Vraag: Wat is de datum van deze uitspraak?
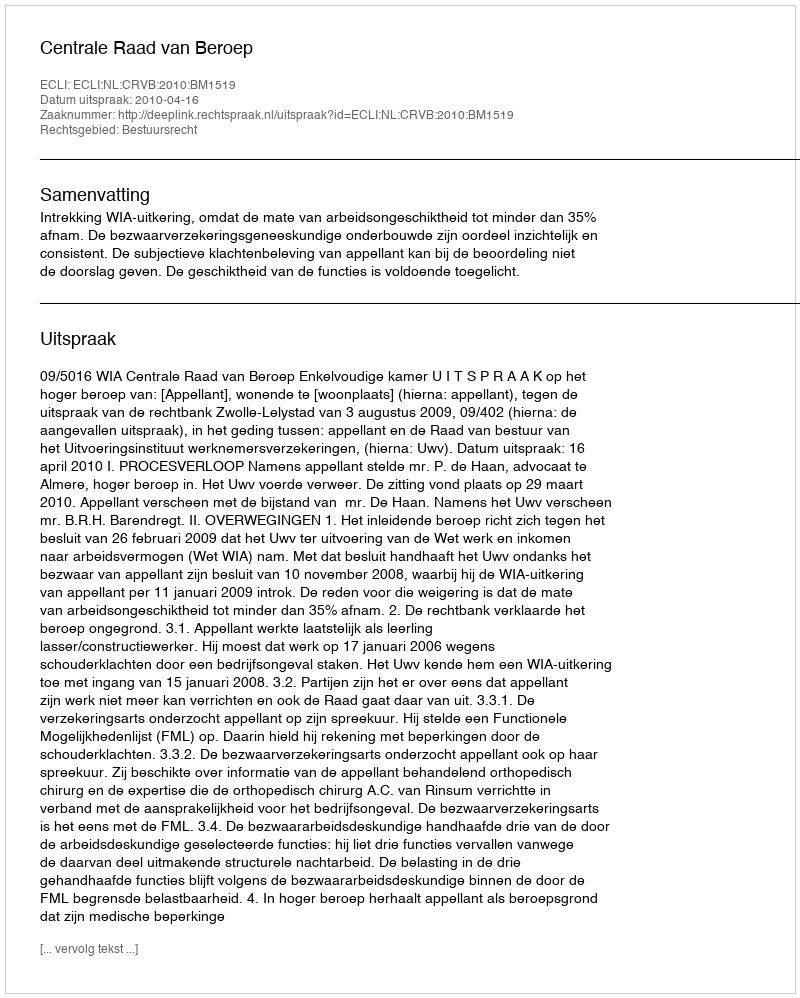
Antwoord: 2010-04-16